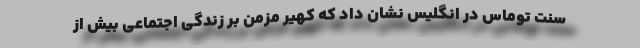
سنت توماس در انگلیس نشان داد که کهیر مزمن بر زندگی اجتماعی بیش از